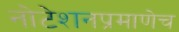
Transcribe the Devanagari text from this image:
नोटेशनप्रमाणेच